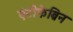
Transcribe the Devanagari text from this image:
एंटीफेब्रिन